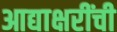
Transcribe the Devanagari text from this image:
आद्याक्षरींची